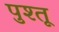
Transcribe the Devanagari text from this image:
पुश्‍तू